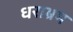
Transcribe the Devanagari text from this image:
धराभ्रम